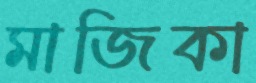
মাজিকা